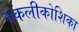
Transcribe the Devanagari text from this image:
नकलीकोशिका